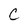
Character: C